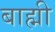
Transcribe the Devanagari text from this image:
बाह्मी